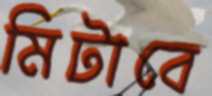
মিটাবে